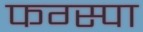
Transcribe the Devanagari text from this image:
फग्स्पा